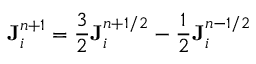
{ \bf { J } } _ { i } ^ { n + 1 } = \frac { 3 } { 2 } { \bf { J } } _ { i } ^ { n + 1 / 2 } - \frac { 1 } { 2 } { \bf { J } } _ { i } ^ { n - 1 / 2 }